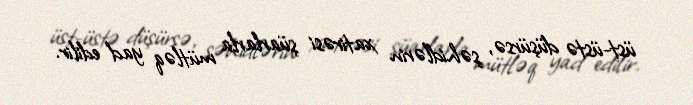
üst-üstə düşürsə, şəhidlərin xatirəsi şüarlarla mütləq yad edilir.